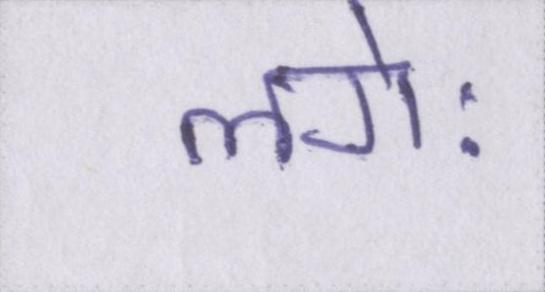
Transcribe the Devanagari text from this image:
लगेः